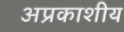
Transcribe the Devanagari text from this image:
अप्रकाशीय